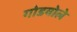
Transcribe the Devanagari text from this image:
गोडवोले